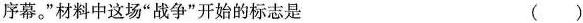
序幕。”材料中这场”战争”开始的标志是 ( )